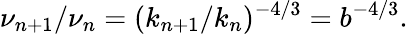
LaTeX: \nu_{n+1}/\nu_{n}=(k_{n+1}/k_{n})^{-4/3}=b^{-4/3}.